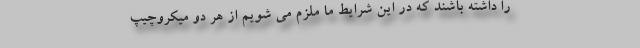
را داشته باشند که در این شرایط ما ملزم می شویم از هر دو میکروچیپ